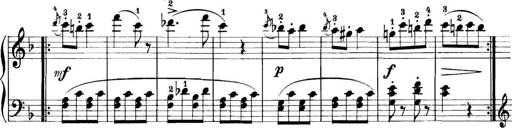
Title: 11 Sonatinas
Composer: Anton Diabelli